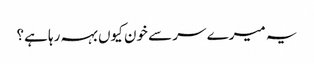
یہ میرے سر سے خون کیوں بہہ رہا ہے؟